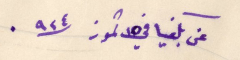
عن بكفيا في ١٥ تموز /٩٢٤.